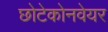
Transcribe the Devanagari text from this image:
छोटेकोनवेयर